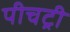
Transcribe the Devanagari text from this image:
पीचट्री